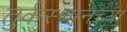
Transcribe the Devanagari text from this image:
तुर्कस्थानच्या